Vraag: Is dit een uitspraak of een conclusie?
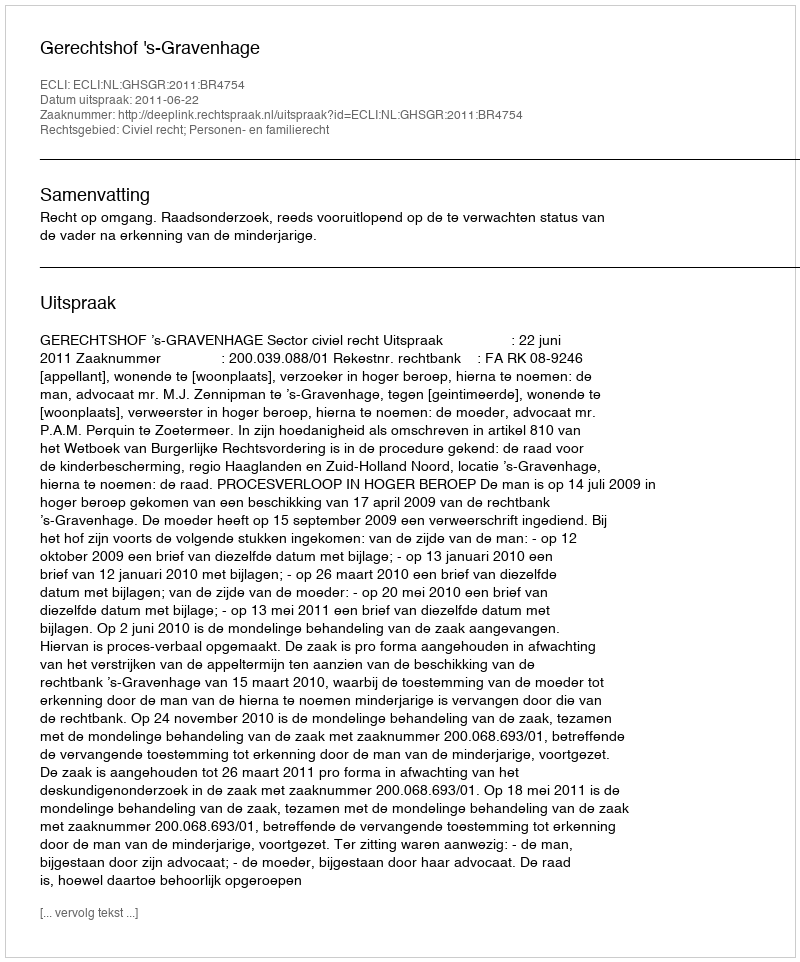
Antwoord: Uitspraak